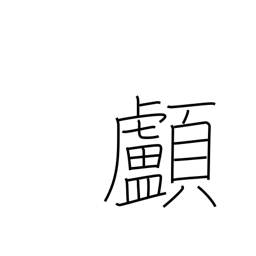
Meaning: skull